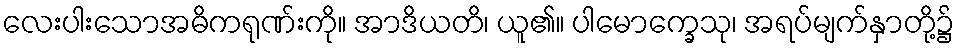
လေးပါးသောအဓိကရုဏ်းကို။ အာဒိယတိ၊ ယူ၏။ ပါမောက္ခေသု၊ အရပ်မျက်နှာတို့၌